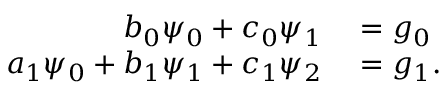
\begin{array} { r l } { b _ { 0 } \psi _ { 0 } + c _ { 0 } \psi _ { 1 } } & { { } = g _ { 0 } } \\ { a _ { 1 } \psi _ { 0 } + b _ { 1 } \psi _ { 1 } + c _ { 1 } \psi _ { 2 } } & { { } = g _ { 1 } . } \end{array}